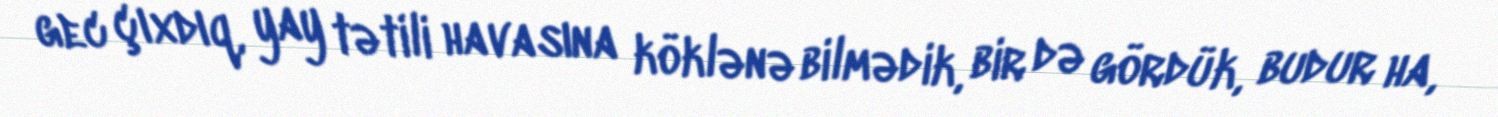
gec çıxdıq, yay tətili havasına köklənə bilmədik, bir də gördük, budur ha,